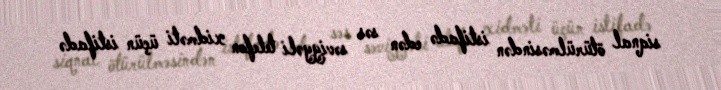
siqnal ötürülməsindən istifadə edən səs səviyyəli telefon xidməti üçün istifadə